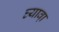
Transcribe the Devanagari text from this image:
घ्यावा़